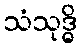
သံသုဒ္ဓိ